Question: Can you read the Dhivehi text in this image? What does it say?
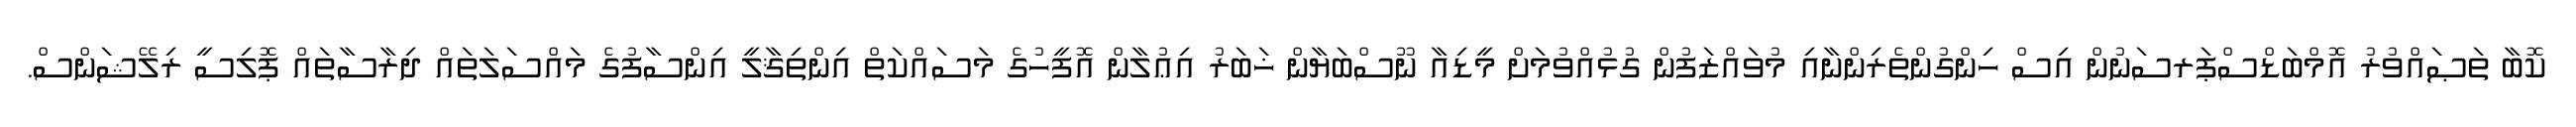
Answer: ކޮބާ ތަޞައްވުރު އޮމްބަޑްސްޕަރސަނުން އިސް ހިންގުންތެރިންނާއި މުވައްޒަފުން ގުޅުއްވުމަށް މީޑިއާ ނޫސްބަޔާން ޚަބަރު އިޢުލާން އޮފީހުގެ މަސައްކަތް އިންތިޤާލީ އިންސާފުގެ މައްސަލަތައް ދިރާސާތައް ޕޮލިސީ ރިލޭޝަންސް.